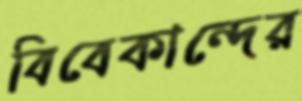
বিবেকান্দের